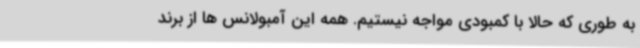
به طوری که حالا با کمبودی مواجه نیستیم. همه این آمبولانس ها از برند